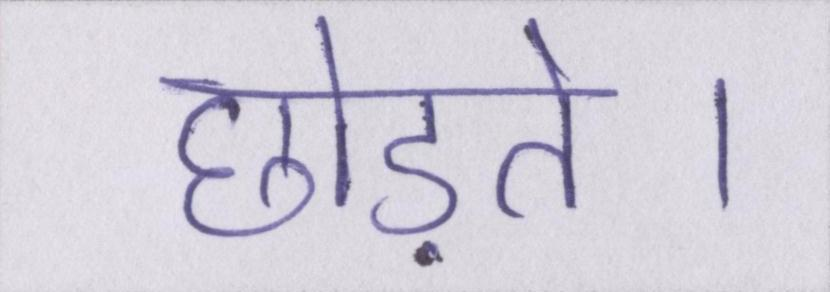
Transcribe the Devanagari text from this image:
छोड़ते।